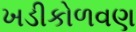
ખડીકોળવણ